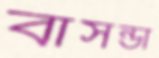
বাসন্ডা